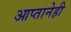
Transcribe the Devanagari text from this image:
आप्तानेही